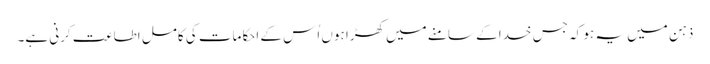
ذہن میں یہ ہو کہ جس خدا کے سامنے میں کھڑا ہوں اُس کے احکامات کی کامل اطاعت کرنی ہے۔